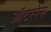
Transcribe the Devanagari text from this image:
ऑटरनेस